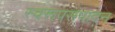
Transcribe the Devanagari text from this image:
स्वरूपसंपादन